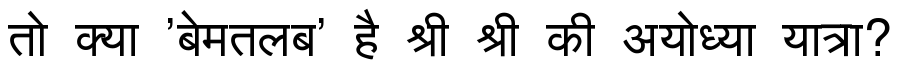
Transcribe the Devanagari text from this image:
तो क्या 'बेमतलब' है श्री श्री की अयोध्या यात्रा?